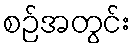
စဉ်အတွင်း